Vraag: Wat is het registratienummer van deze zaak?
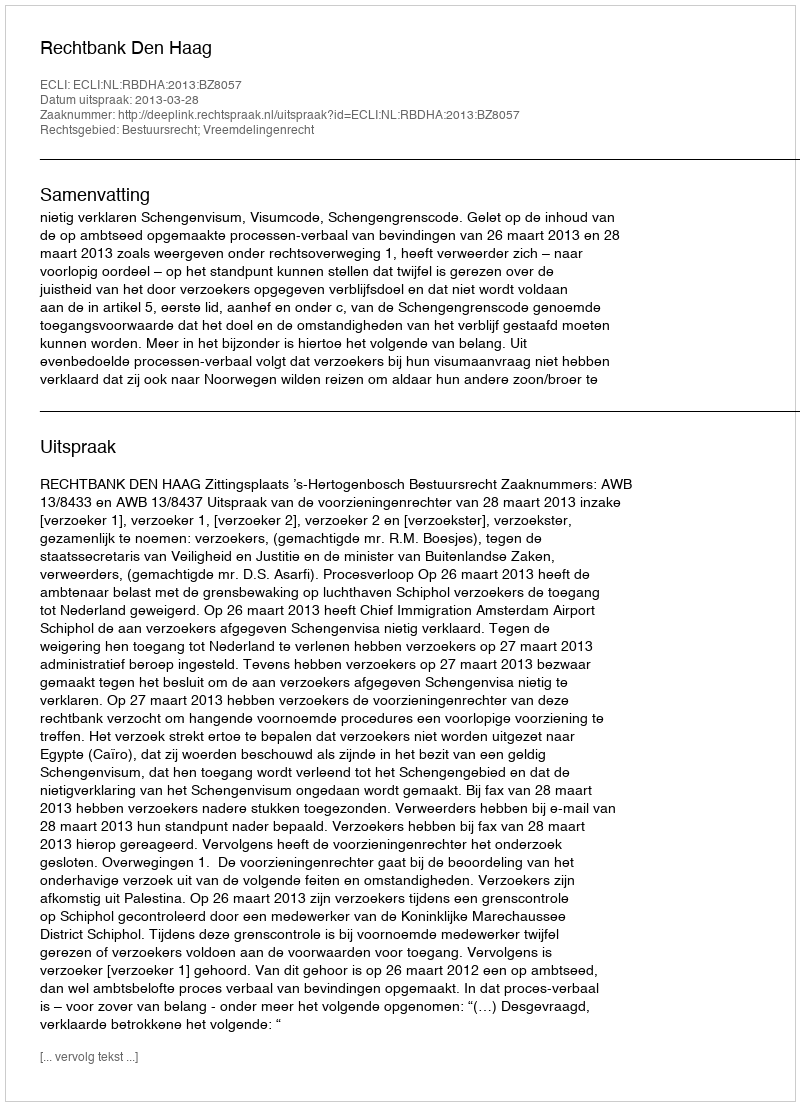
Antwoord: http://deeplink.rechtspraak.nl/uitspraak?id=ECLI:NL:RBDHA:2013:BZ8057